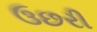
ઉછરી